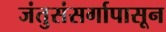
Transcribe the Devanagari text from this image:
जंतुसंसर्गापासून